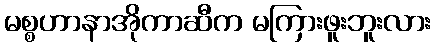
မစ္စဟာနာအိုကာဆီက မကြားဖူးဘူးလား